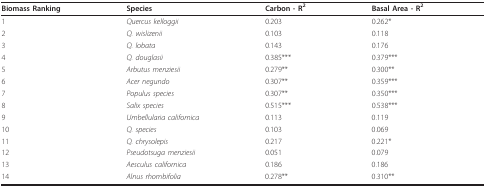
<table><thead><tr><td><b>Biomass Ranking</b></td><td><b>Species</b></td><td><b>Carbon - R<sup>2</sup></b></td><td><b>Basal Area - R<sup>2</sup></b></td></tr></thead><tbody><tr><td>1</td><td><i>Quercus kelloggii </i></td><td>0.203</td><td>0.262*</td></tr><tr><td>2</td><td><i>Q. wislizenii</i></td><td>0.103</td><td>0.118</td></tr><tr><td>3</td><td><i>Q. lobata</i></td><td>0.143</td><td>0.176</td></tr><tr><td>4</td><td><i>Q. douglasii</i></td><td>0.385***</td><td>0.379***</td></tr><tr><td>5</td><td><i>Arbutus menziesii </i></td><td>0.279**</td><td>0.300**</td></tr><tr><td>6</td><td><i>Acer negundo</i></td><td>0.307**</td><td>0.359***</td></tr><tr><td>7</td><td><i>Populus species </i></td><td>0.307**</td><td>0.350***</td></tr><tr><td>8</td><td><i>Salix species</i></td><td>0.515***</td><td>0.538***</td></tr><tr><td>9</td><td><i>Umbellularia californica</i></td><td>0.113</td><td>0.119</td></tr><tr><td>10</td><td><i>Q. species</i></td><td>0.103</td><td>0.069</td></tr><tr><td>11</td><td><i>Q. chrysolepis</i></td><td>0.217</td><td>0.221*</td></tr><tr><td>12</td><td><i>Pseudotsuga menziesii</i></td><td>0.051</td><td>0.079</td></tr><tr><td>13</td><td><i>Aesculus californica </i></td><td>0.186</td><td>0.186</td></tr><tr><td>14</td><td><i>Alnus rhombifolia</i></td><td>0.278**</td><td>0.310**</td></tr></tbody></table>